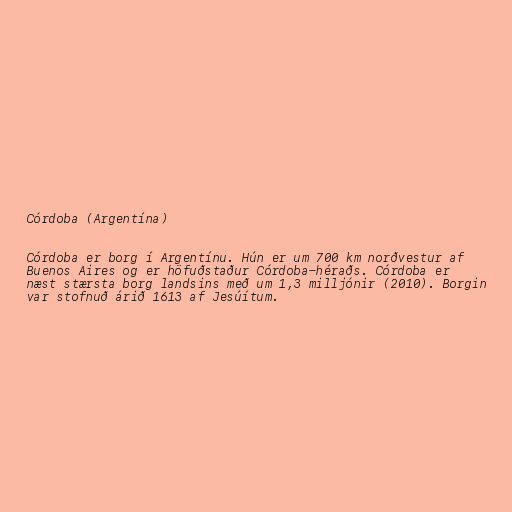
Córdoba (Argentína)

Córdoba er borg í Argentínu. Hún er um 700 km norðvestur af
Buenos Aires og er höfuðstaður Córdoba-héraðs. Córdoba er
næst stærsta borg landsins með um 1,3 milljónir (2010). Borgin
var stofnuð árið 1613 af Jesúítum.